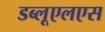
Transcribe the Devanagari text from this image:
डब्लूएलएस